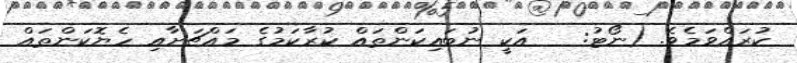
ކުރައްވަމެވެ. (ނޯޓު:   އަކީ ނުބައިކަންތައް ކުރާކަމުގެ މައްޗަށާއި ހެޔޮކަންތައް